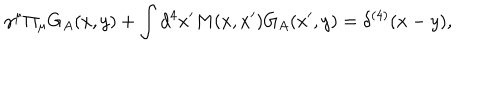
\gamma ^ { \mu } \Pi _ { \mu } G _ { A } ( x , y ) + \int d ^ { 4 } x ^ { \prime } M ( x , x ^ { \prime } ) G _ { A } ( x ^ { \prime } , y ) = \delta ^ { ( 4 ) } ( x - y ) ,